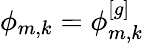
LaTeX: \phi_{m,k}=\phi_{m,k}^{[g]}